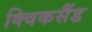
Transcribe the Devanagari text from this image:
क्विकसैंड